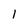
Character: l